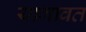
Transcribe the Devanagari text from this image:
यागावत